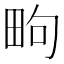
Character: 㽛